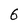
Character: 6